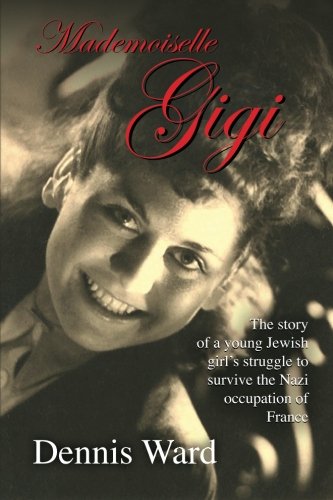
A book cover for Mademoiselle Gigi (Gigi series) (Volume 1); Dennis Ward; Teen & Young Adult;